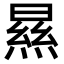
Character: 㬎